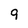
Character: 9